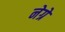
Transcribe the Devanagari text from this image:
नेग्रे